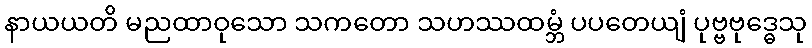
နာယယတိ မညထာဝုသော သကတော သဟဿထမ္ဘံ ပပတေယျံ ပုဗ္ဗဗုဒ္ဓေသု